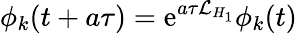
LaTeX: \phi_{k}(t+a\tau)=\mathrm{e}^{a\tau\mathcal{L}_{H_{1}}}\phi_{k}(t)